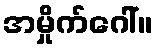
အမှိုက်ဂေါ်။